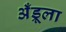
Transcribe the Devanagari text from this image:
अँड्रूला